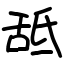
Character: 䑛